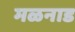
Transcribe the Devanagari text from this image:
मळनाड